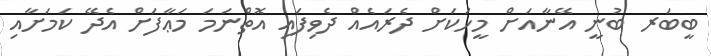
ބީބަރ ބުނީ އޭނާއަށް މީހަކަށް ދެރައެއް ދެވިފައި އޮތްނަމަ މަޢާފަށް އެދޭ ކަމަށާއި